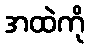
အထဲကို